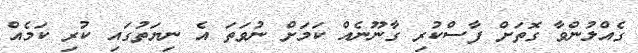
ގެއްލުންވާ ގޮތަށް ފާސްކުރި ގާނޫނެއް ކަމަށް ނުވަތަ އެ ނިޔަތުގައި ކުރި ކަމެއް